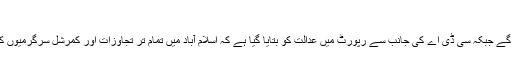
(خبر جاری ہے)
کسی شہری کے خلاف امتیازی سلوک کی اجازت نہیں دیں گے جبکہ سی ڈی اے کی جانب سے رپورٹ میں عدالت کو بتایا گیا ہے کہ اسلام آباد میں تمام تر تجاوزات اور کمرشل سرگرمیوں کی شہر سے باہر منتقلی کے لئے 6 ماہ کا وقت دیا گیا ہے ۔